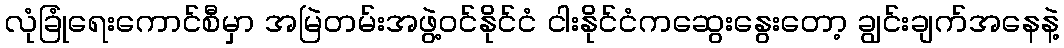
လုံခြုံရေးကောင်စီမှာ အမြဲတမ်းအဖွဲ့ဝင်နိုင်ငံ ငါးနိုင်ငံကဆွေးနွေးတော့ ချွင်းချက်အနေနဲ့